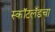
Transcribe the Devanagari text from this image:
स्कॉटलँडचा